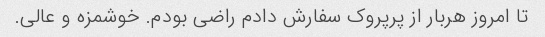
تا امروز هربار از پرپروک سفارش دادم راضى بودم. خوشمزه و عالى.